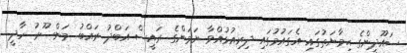
ސައޫދީންގެ ޙިމާޔަތުގައި އެގައުމުގައި ދިރިއުޅުއްވާ ޔަމަންގެ ރައީސް އަބްދު ރައްބު މަންސޫރު ހާދީ